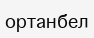
ортанбел